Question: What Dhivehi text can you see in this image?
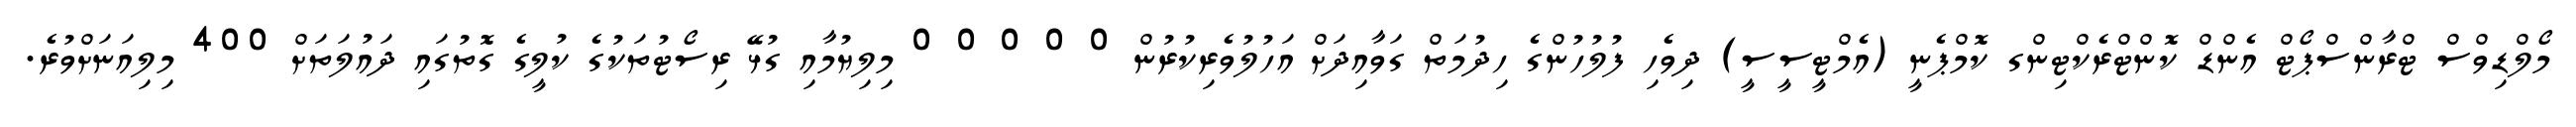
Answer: މޯލްޑިވްސް ޓްރާންސްޕޯޓް އެންޑް ކޮންޓްރެކްޓިންގ ކޮމްޕެނީ (އެމްޓީސީސީ) ދިވެހި ފުލުހުންގެ ހިދުމަތް ގަވާއިދަށް އަހުލުވެރިކުރުން 0 0 0 0 0 މިލިޔުމާއި ގުޅޭ ރިސޯޓުތަކުގެ ކުލީގެ ގޮތުގައި ދައުލަތަށް 400 މިލިއަނަށްވުރެ.